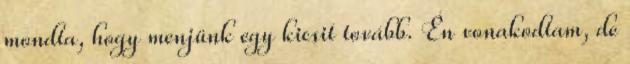
mondta, hogy menjünk egy kicsit tovább. Én vonakodtam, de